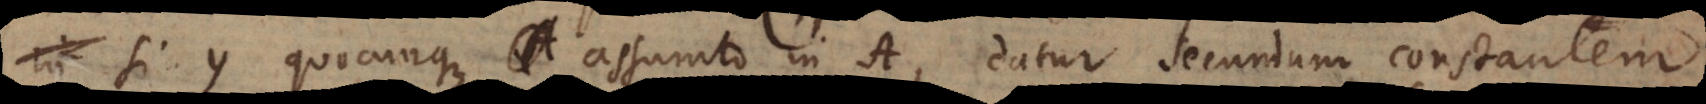
in y quocunque assumto in A, datur secundum constantem